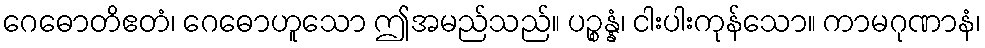
ဂေဓောတိဧတံ၊ ဂေဓောဟူသော ဤအမည်သည်။ ပဉ္စန္နံ၊ ငါးပါးကုန်သော။ ကာမဂုဏာနံ၊